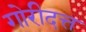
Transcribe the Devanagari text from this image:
गोरीदत्त